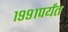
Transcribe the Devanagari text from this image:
१९९१पर्यंत